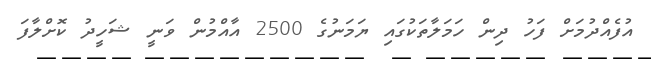
އުފެއްދުމަށް ފަހު ދިން ހަމަލާތަކުގައި ޔަމަނުގެ 2500 އާއްމުން ވަނީ ޝަހީދު ކޮށްލާފަ